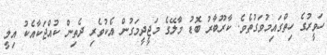
ހަވީރުގެ ހިތްގައިމުވަގުތެވެ. ކާރޫބާރު ބޮޑު މާލޭގެ މަޖީދީމަގުން އެކުވެރި ދެތިން ކުއްޖަކާއެކު އިމީ